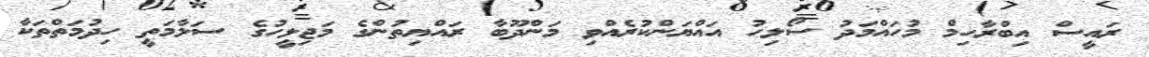
ރައީސް އިބްރާހިމް މުހައްމަދު ސޯލިހު އައްޔަންކުރެއްވި މަންދޫބާ ރައްޔިތުންގެ މަޖިލީހުގެ ސަލާމަތީ ހިދުމަތްތަކާ